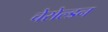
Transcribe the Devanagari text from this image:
चेसेल्डन